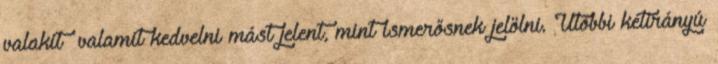
valakit valamit kedvelni mást jelent, mint ismerősnek jelölni. Utóbbi kétirányú